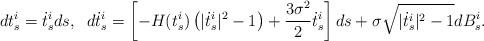
LaTeX: \begin{align*} dt_s^i= \dot{t}_s^i ds, \;\; d \dot{t}_s^i= \left[-H(t_s^i) \left(|\dot{t}_s^i|^2-1 \right) + \frac{3 \sigma^2}{2} \dot{t}_s^i \right]ds+ \sigma \sqrt{|\dot{t}_s^i|^2-1} d B^i_s. \end{align*}